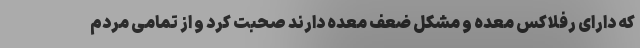
که دارای رفلاکس معده و مشکل ضعف معده دارند صحبت کرد و از تمامی مردم